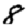
Digit: 8